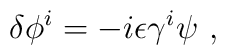
\delta \phi^i =  -i \epsilon \gamma^i \psi ~ ,